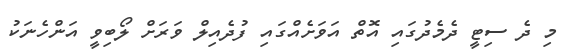
މި ދެ ސިޓީ ދެމެދުގައި އޮތް އަވަށެއްގައި ފުދެއިލް ވަރަށް ލޯބިވީ އަންހެނަކު